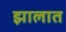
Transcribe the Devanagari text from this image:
झालात